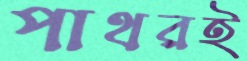
পাথরই